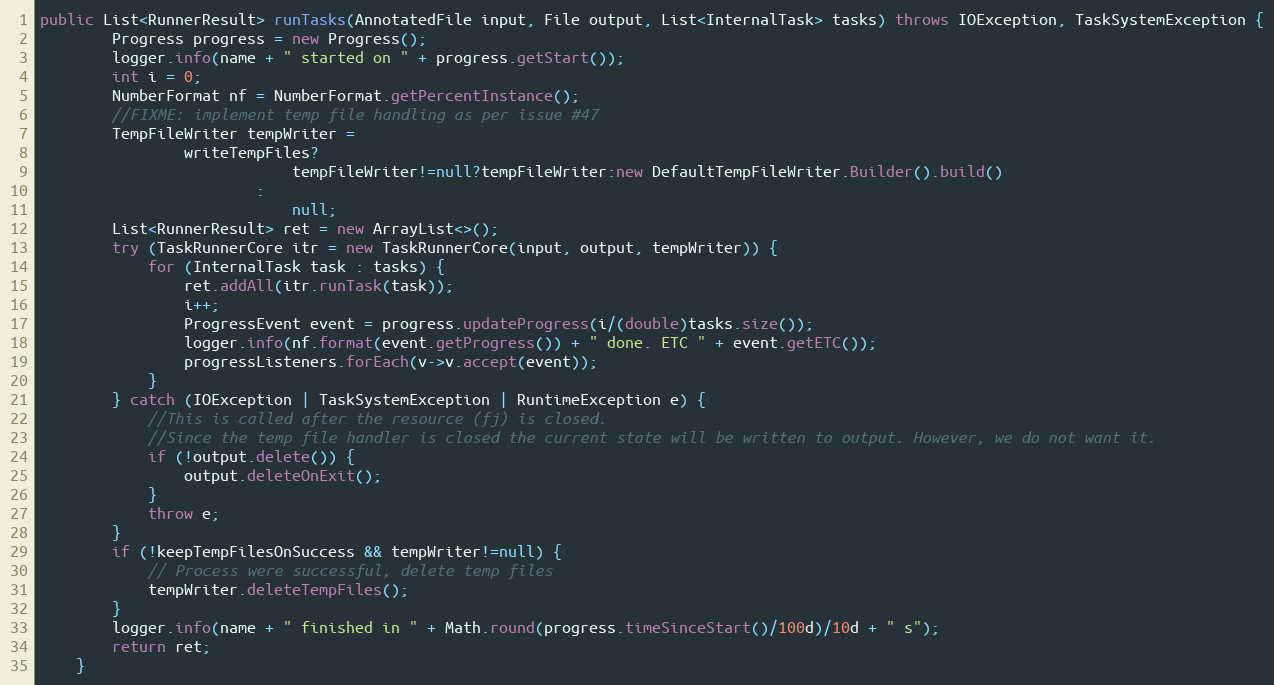
Language: Java
public List<RunnerResult> runTasks(AnnotatedFile input, File output, List<InternalTask> tasks) throws IOException, TaskSystemException {
		Progress progress = new Progress();
		logger.info(name + " started on " + progress.getStart());
		int i = 0;
		NumberFormat nf = NumberFormat.getPercentInstance();
		//FIXME: implement temp file handling as per issue #47
		TempFileWriter tempWriter =
				writeTempFiles?
							tempFileWriter!=null?tempFileWriter:new DefaultTempFileWriter.Builder().build()
						:
							null;
		List<RunnerResult> ret = new ArrayList<>();
		try (TaskRunnerCore itr = new TaskRunnerCore(input, output, tempWriter)) {
			for (InternalTask task : tasks) {
				ret.addAll(itr.runTask(task));
				i++;
				ProgressEvent event = progress.updateProgress(i/(double)tasks.size());
				logger.info(nf.format(event.getProgress()) + " done. ETC " + event.getETC());
				progressListeners.forEach(v->v.accept(event));
			}
		} catch (IOException | TaskSystemException | RuntimeException e) {
			//This is called after the resource (fj) is closed.
			//Since the temp file handler is closed the current state will be written to output. However, we do not want it.
			if (!output.delete()) {
				output.deleteOnExit();
			}
			throw e;
		}
		if (!keepTempFilesOnSuccess && tempWriter!=null) {
			// Process were successful, delete temp files
			tempWriter.deleteTempFiles();
		}
		logger.info(name + " finished in " + Math.round(progress.timeSinceStart()/100d)/10d + " s");
		return ret;
	}